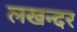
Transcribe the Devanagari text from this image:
लखन्दर